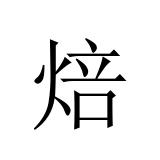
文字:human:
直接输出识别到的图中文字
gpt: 焙